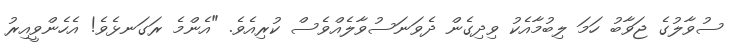
ސުވާލުގެ ޖަވާބު ހަމަ ލިބުމާއެކު ވިދިގެން ދެވަނަސުވާލެއްވެސް ކުރިއެވެ. "އެންމެ ރަގަނޅެވެ! އެހެންވީއިރު